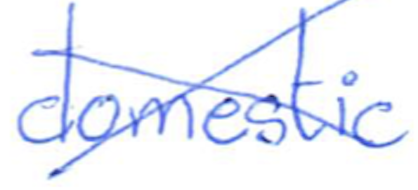
Text: domestic
Cross-out: cross
Writing tool: ballpoint